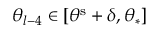
\theta _ { l - 4 } \in [ \theta ^ { \mathrm { s } } + \delta , \theta _ { \ast } ]